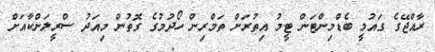
ރާއްޖޭގެ ގައުމީ ބެޑްމިންޓަން ޓީމު އިތުރަށް ތަމްރިން ހޯދުމުގެ ގޮތުން މިއަދު ސްރީލަންކާއަށް